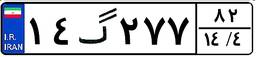
۱۴گ۲۷۷۸۲